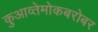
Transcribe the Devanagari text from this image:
कुआव्तेमोकबरोबर